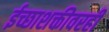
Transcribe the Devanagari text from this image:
ईच्छाशक्तीवरही